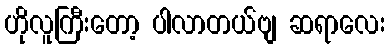
ဟိုလူကြီးတော့ ပါလာတယ်ဗျ ဆရာလေး